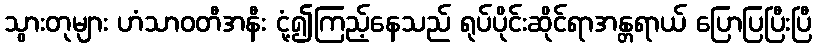
သွားတုများ ဟံသာဝတီအနီး ငုံ့၍ကြည့်နေသည် ရုပ်ပိုင်းဆိုင်ရာအန္တရာယ် ပြောပြပြီးပြီ